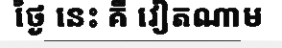
ថ្ងៃ នេះ គឺ វៀតណាម